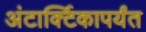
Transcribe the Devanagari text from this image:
अंटार्क्टिकापर्यंत